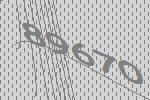
89670